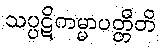
သပ္ပဋိကမ္မာပတ္တီတိ